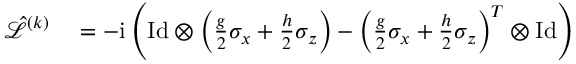
\begin{array} { r l } { \hat { \mathcal { L } } ^ { ( k ) } } & { { } = - \mathrm { i } \left( \mathrm { I d } \otimes \left( \frac { g } { 2 } \sigma _ { x } + \frac { h } { 2 } \sigma _ { z } \right) - \left( \frac { g } { 2 } \sigma _ { x } + \frac { h } { 2 } \sigma _ { z } \right) ^ { T } \otimes \mathrm { I d } \right) } \end{array}